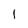
Character: l